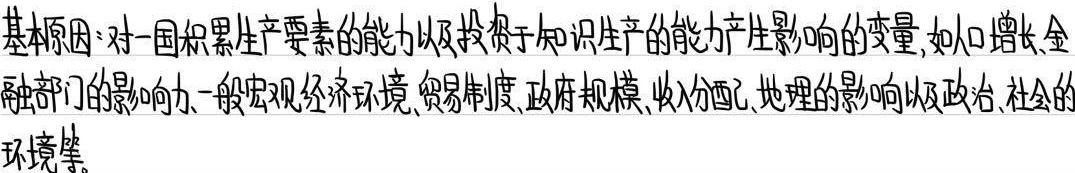
基本原因：对一国积累生产要素的能力以及投资于知识生产的能力产生影响的变量，如人口增长、金融部门的影响力、一般宏观经济环境、贸易制度、政府规模、收入分配、地理的影响以及政治、社会的环境等。